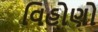
વિહોણો